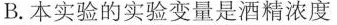
B.本实验的实验变量是酒精浓度